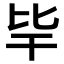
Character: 𣬂